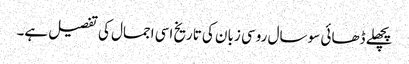
پچھلے ڈھائی سو سال روسی زبان کی تاریخ اسی اجمال کی تفصیل ہے۔